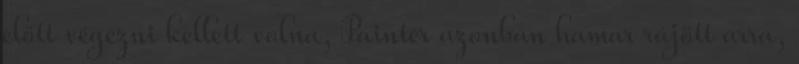
előtt végezni kellett volna, Painter azonban hamar rájött arra,